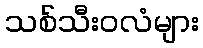
သစ်သီးဝလံများ